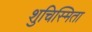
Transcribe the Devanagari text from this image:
शुचिस्मिता